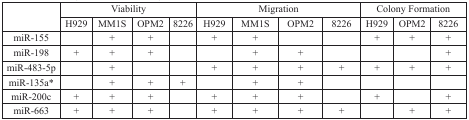
<table><thead><tr><td rowspan="2"></td><td colspan="4"><b>Viability</b></td><td colspan="4"><b>Migration</b></td><td colspan="3"><b>Colony Formation</b></td></tr><tr><td><b>H929</b></td><td><b>MM1S</b></td><td><b>OPM2</b></td><td><b>8226</b></td><td><b>H929</b></td><td><b>MM1S</b></td><td><b>OPM2</b></td><td><b>8226</b></td><td><b>H929</b></td><td><b>OPM2</b></td><td><b>8226</b></td></tr></thead><tbody><tr><td>miR-155</td><td></td><td>+</td><td>+</td><td></td><td>+</td><td>+</td><td></td><td></td><td>+</td><td>+</td><td>+</td></tr><tr><td>miR-198</td><td>+</td><td>+</td><td>+</td><td></td><td></td><td>+</td><td>+</td><td></td><td></td><td></td><td>+</td></tr><tr><td>miR-483-5p</td><td></td><td>+</td><td></td><td></td><td>+</td><td>+</td><td>+</td><td>+</td><td>+</td><td>+</td><td>+</td></tr><tr><td>miR-135a*</td><td></td><td>+</td><td>+</td><td>+</td><td></td><td>+</td><td>+</td><td></td><td></td><td></td><td></td></tr><tr><td>miR-200c</td><td>+</td><td>+</td><td>+</td><td></td><td>+</td><td>+</td><td>+</td><td></td><td>+</td><td></td><td>+</td></tr><tr><td>miR-663</td><td>+</td><td>+</td><td>+</td><td></td><td>+</td><td>+</td><td>+</td><td>+</td><td></td><td>+</td><td>+</td></tr></tbody></table>